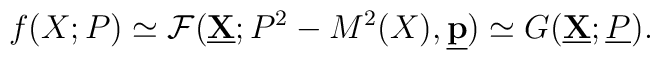
f (X; P) \simeq {\cal F} (\underline{\bf X}; P^2 - M^2 (X), \underline{\bf p}) \simeq G (\underline{\bf X}; \underline{P}) .